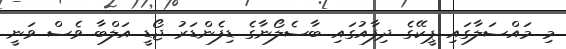
މި މައްސަލާގައި ޕީކޭގެ ދިފާއުގައި ބާސެލޯނާގެ ޑިފެންޑަރު ޖޯޑީ އަލްބާ ވެސް ވަނީ